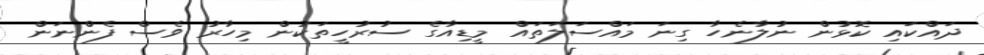
ދައްކައި ކޮޅުން ނުލާނެހާ ގިނަ މައްސަލަތައް މީޑިއާގެ ސުރުހީތަކުން މިހާރު ވެސް ފެންނަން